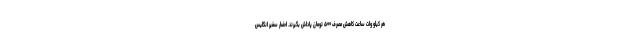
هر کیلو وات ساعت کاهش مصرف ۵۰۰ تومان پاداش بگیرند. احضار سفیر انگلیس